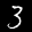
Label: 3